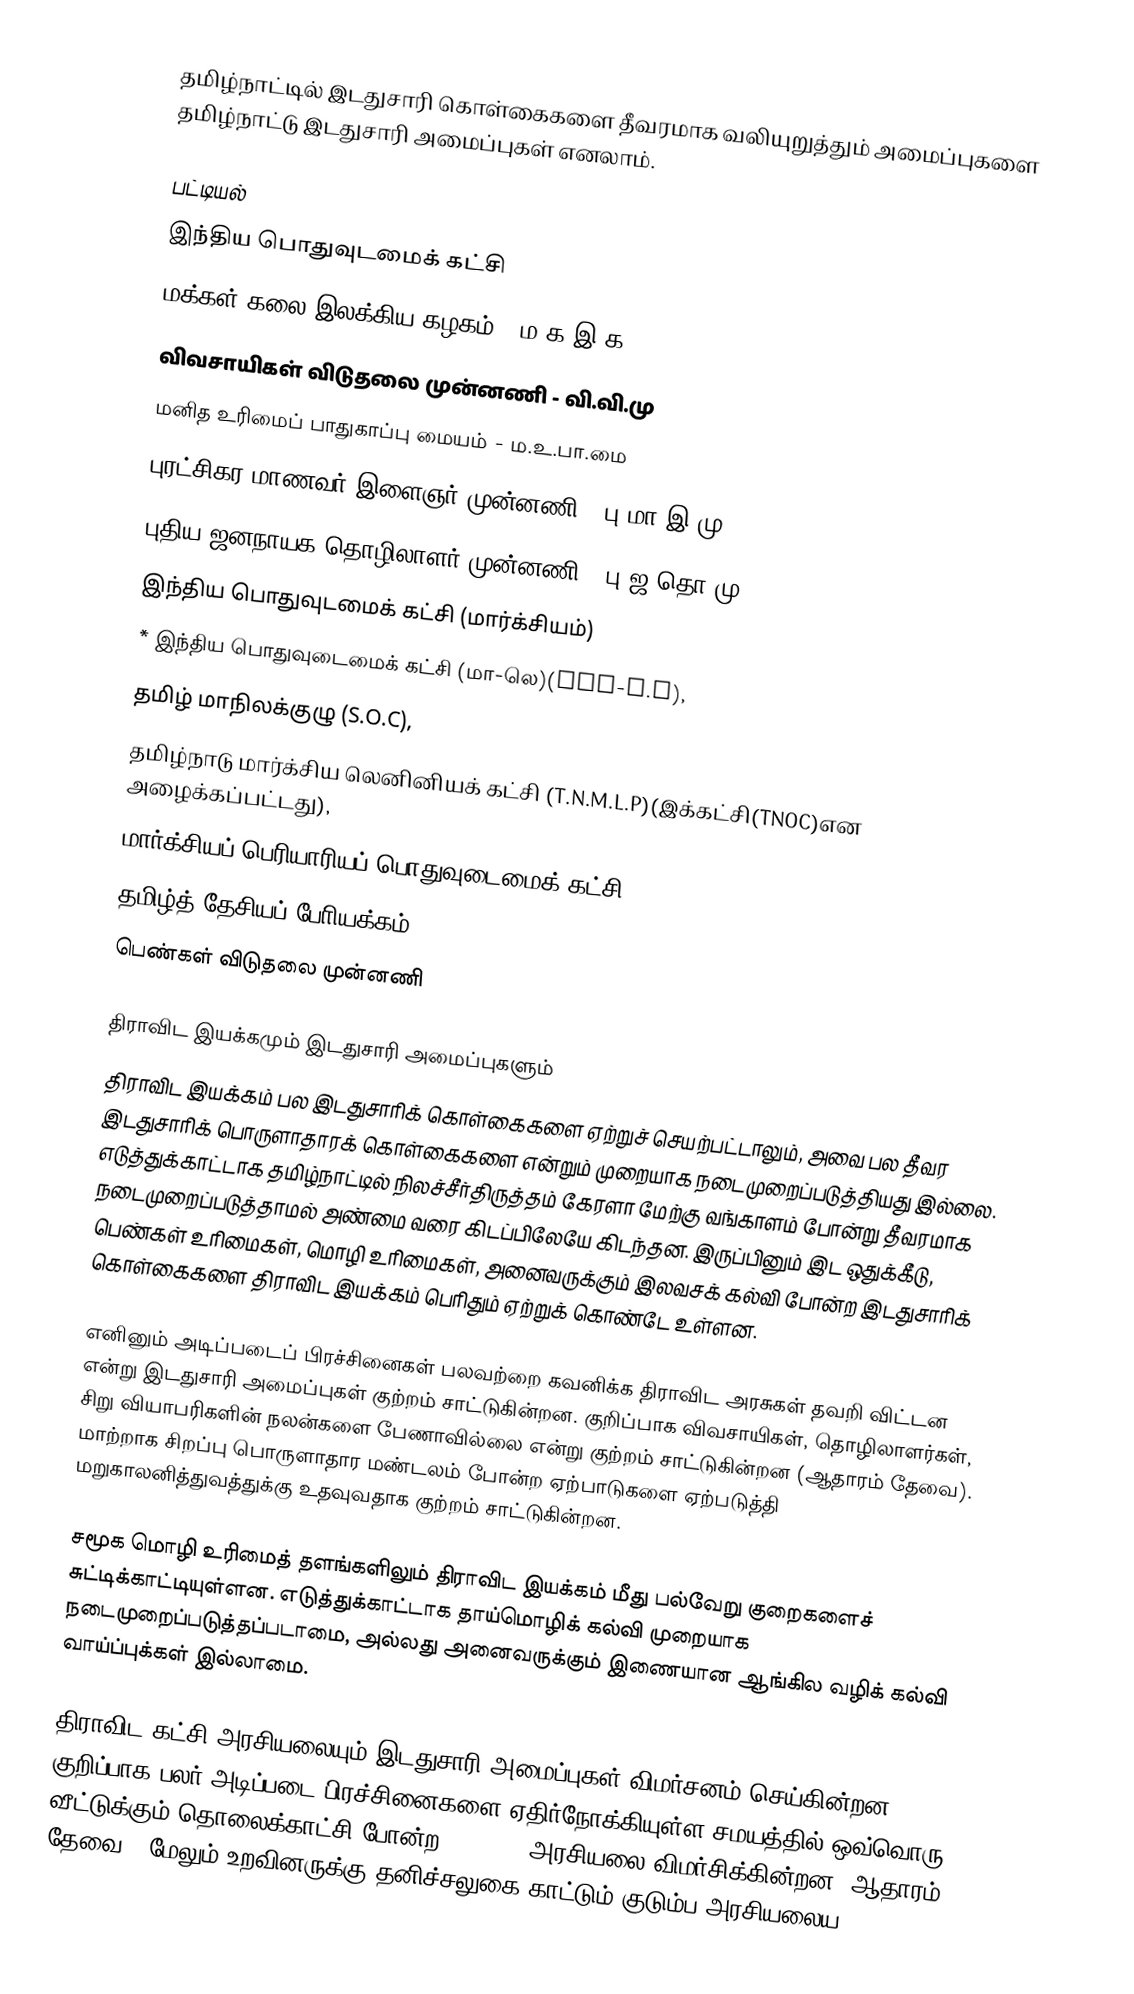
தமிழ்நாட்டில் இடதுசாரி கொள்கைகளை தீவரமாக வலியுறுத்தும் அமைப்புகளை தமிழ்நாட்டு இடதுசாரி அமைப்புகள் எனலாம்.

பட்டியல்
 இந்திய பொதுவுடமைக் கட்சி
 மக்கள் கலை இலக்கிய கழகம் - ம.க.இ.க
 விவசாயிகள் விடுதலை முன்னணி - வி.வி.மு
 மனித உரிமைப் பாதுகாப்பு மையம் - ம.உ.பா.மை
 புரட்சிகர மாணவர் இளைஞர் முன்னணி - பு.மா.இ.மு
 புதிய ஜனநாயக தொழிலாளர் முன்னணி - பு.ஜ.தொ.மு
 இந்திய பொதுவுடமைக் கட்சி (மார்க்சியம்)
 * இந்திய பொதுவுடைமைக் கட்சி (மா-லெ)(CPI-M.L),
 தமிழ் மாநிலக்குழு (S.O.C),
 தமிழ்நாடு மார்க்சிய லெனினியக் கட்சி (T.N.M.L.P)(இக்கட்சி(TNOC)என அழைக்கப்பட்டது),
 மார்க்சியப் பெரியாரியப் பொதுவுடைமைக் கட்சி
 தமிழ்த் தேசியப் போியக்கம்
 பெண்கள் விடுதலை முன்னணி

திராவிட இயக்கமும் இடதுசாரி அமைப்புகளும்
திராவிட இயக்கம் பல இடதுசாரிக் கொள்கைகளை ஏற்றுச் செயற்பட்டாலும், அவை பல தீவர இடதுசாரிக் பொருளாதாரக் கொள்கைகளை என்றும் முறையாக நடைமுறைப்படுத்தியது இல்லை. எடுத்துக்காட்டாக தமிழ்நாட்டில் நிலச்சீர்திருத்தம் கேரளா மேற்கு வங்காளம் போன்று தீவரமாக நடைமுறைப்படுத்தாமல் அண்மை வரை கிடப்பிலேயே கிடந்தன. இருப்பினும் இட ஒதுக்கீடு, பெண்கள் உரிமைகள், மொழி உரிமைகள், அனைவருக்கும் இலவசக் கல்வி போன்ற இடதுசாரிக் கொள்கைகளை திராவிட இயக்கம் பெரிதும் ஏற்றுக் கொண்டே உள்ளன.

எனினும் அடிப்படைப் பிரச்சினைகள் பலவற்றை கவனிக்க திராவிட அரசுகள் தவறி விட்டன என்று இடதுசாரி அமைப்புகள் குற்றம் சாட்டுகின்றன. குறிப்பாக விவசாயிகள், தொழிலாளர்கள், சிறு வியாபரிகளின் நலன்களை பேணாவில்லை என்று குற்றம் சாட்டுகின்றன (ஆதாரம் தேவை). மாற்றாக சிறப்பு பொருளாதார மண்டலம் போன்ற ஏற்பாடுகளை ஏற்படுத்தி மறுகாலனித்துவத்துக்கு உதவுவதாக குற்றம் சாட்டுகின்றன.

சமூக மொழி உரிமைத் தளங்களிலும் திராவிட இயக்கம் மீது பல்வேறு குறைகளைச் சுட்டிக்காட்டியுள்ளன. எடுத்துக்காட்டாக தாய்மொழிக் கல்வி முறையாக நடைமுறைப்படுத்தப்படாமை, அல்லது அனைவருக்கும் இணையான ஆங்கில வழிக் கல்வி வாய்ப்புக்கள் இல்லாமை.

திராவிட கட்சி அரசியலையும் இடதுசாரி அமைப்புகள் விமர்சனம் செய்கின்றன. குறிப்பாக பலர் அடிப்படை பிரச்சினைகளை ஏதிர்நோக்கியுள்ள சமயத்தில் ஒவ்வொரு வீட்டுக்கும் தொலைக்காட்சி போன்ற populist அரசியலை விமர்சிக்கின்றன (ஆதாரம் தேவை). மேலும் உறவினருக்கு தனிச்சலுகை காட்டும் குடும்ப அரசியலைய